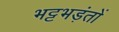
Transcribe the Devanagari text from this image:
भट्टभड़ंतों